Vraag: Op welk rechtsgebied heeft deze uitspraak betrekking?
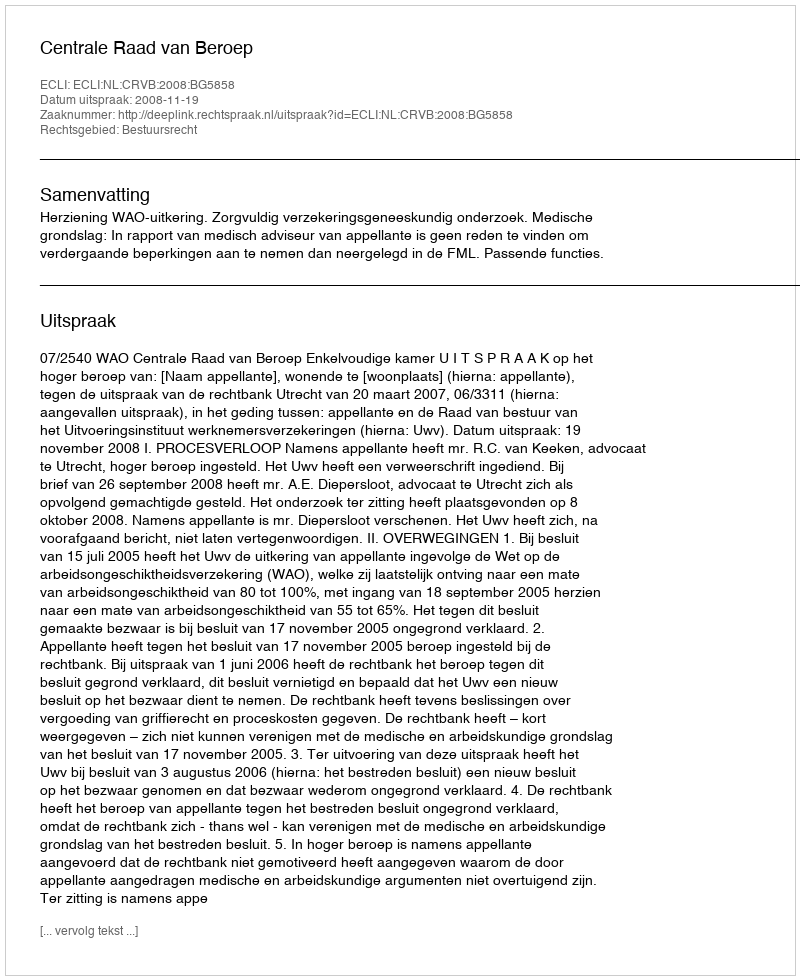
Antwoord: Bestuursrecht